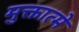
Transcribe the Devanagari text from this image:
मुक्तात्मे